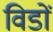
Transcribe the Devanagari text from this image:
विडों